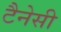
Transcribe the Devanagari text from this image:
टैनेसी